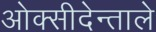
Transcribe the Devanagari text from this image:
ओक्सीदेन्ताले